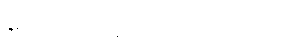
တောင်တရုတ်ပင်လယ်သို့